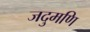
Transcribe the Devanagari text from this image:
जदुमणि